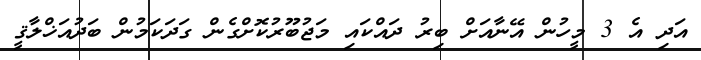
އަދި އެ 3 މީހުން އޭނާއަށް ބިރު ދައްކައި މަޖުބޫރުކޮށްގެން ގަދަކަމުން ބަދުއަޚްލާޤީ